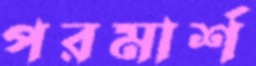
পরমার্শ